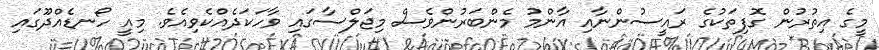
މީގެ އިތުރުން ގޮފިތަކުގެ ރައީސުންނާއި އާންމު މެންބަރުންވެސް މިޖަލްސާގައި ވާހަކަދެއްކެވިއެވެ. މިއީ ހޯނޑެއްދޫގައި